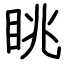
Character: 眺